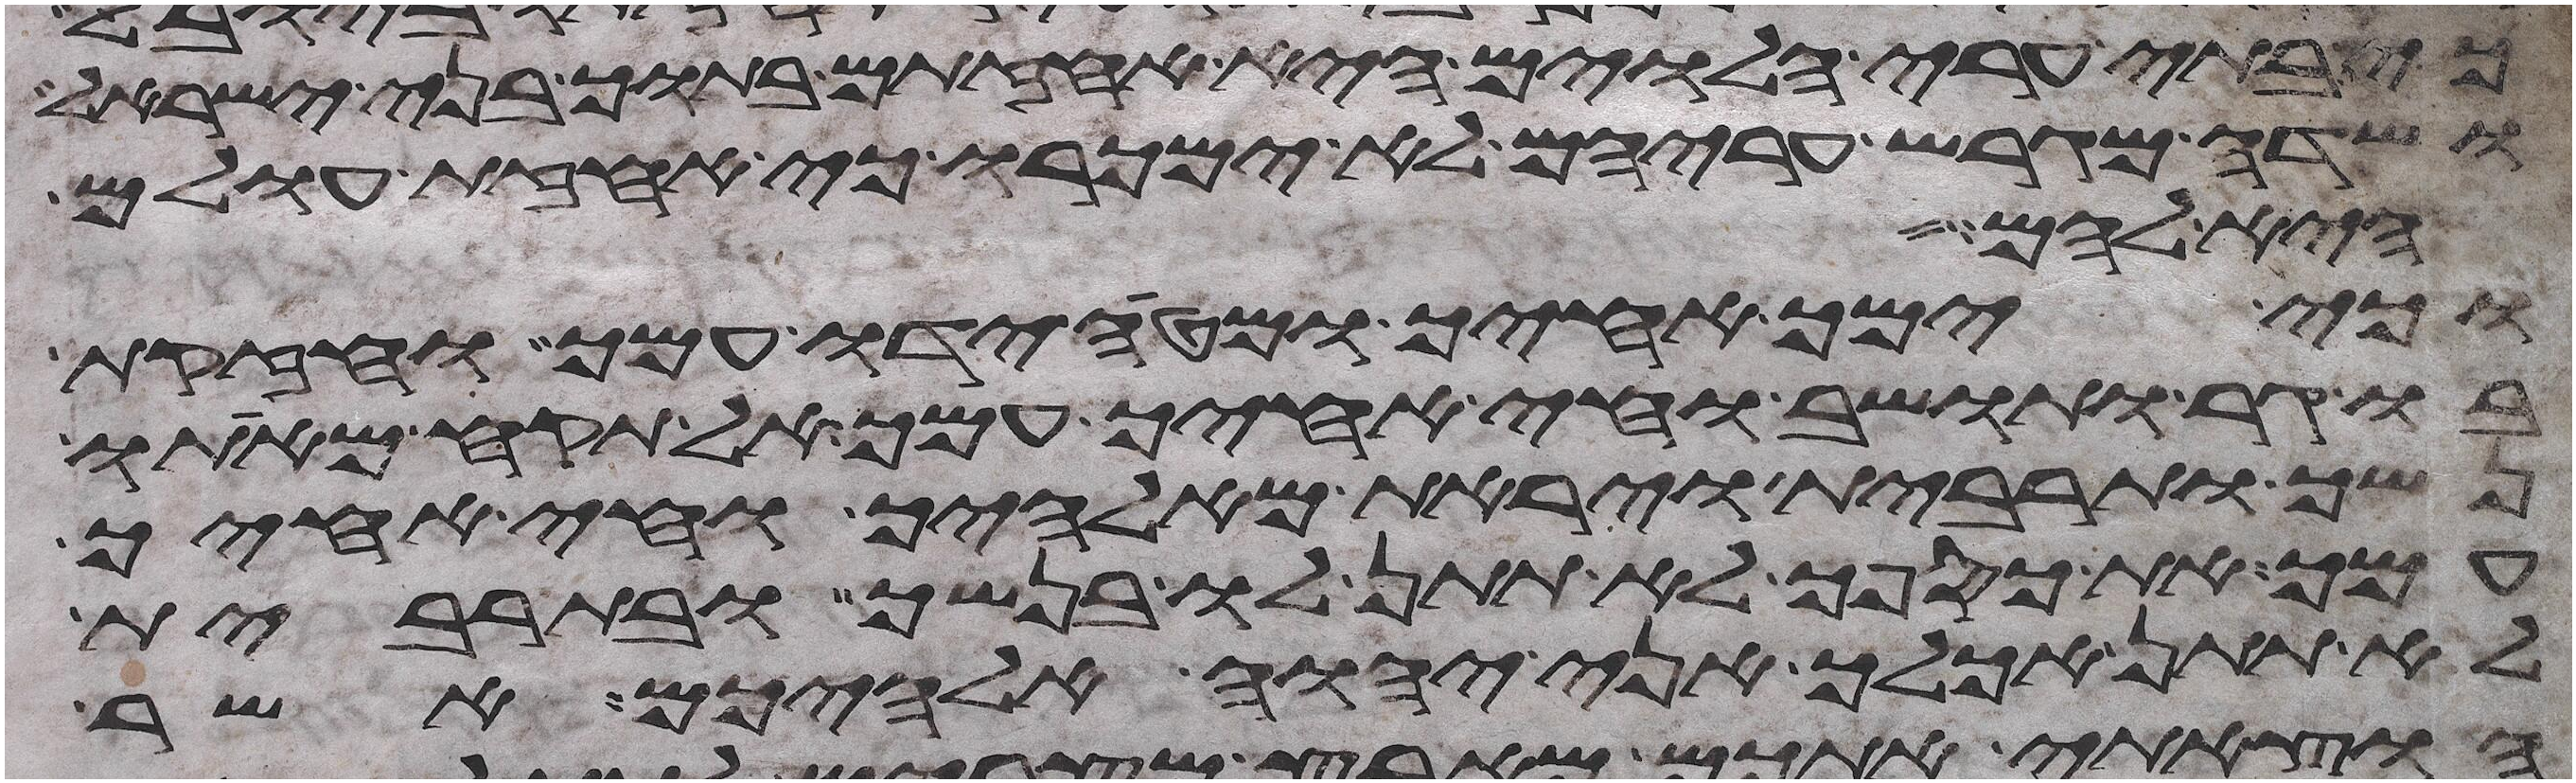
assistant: כי בתי ערי הלוים היא אחזתם בתוך בני ישראל
ושדה מגרש עריהם לא ימכרו כי אחזת עולם
היא להם
וכי ימך אחיך ומטה ידו עמך וחזקת
בו גר ותושב וחי אחיך עמך אל תקח מאתו
נשך ותרבית ויראת מאלהיך וחי אחיך
עמך את כספך לא תתן לו בנשך ובתרבית
לא תתן אכלך אני יהוה אלהיכם אשר